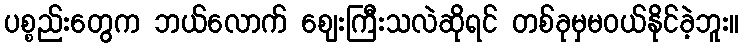
ပစ္စည်းတွေက ဘယ်လောက် ဈေးကြီးသလဲဆိုရင် တစ်ခုမှမဝယ်နိုင်ခဲ့ဘူး။